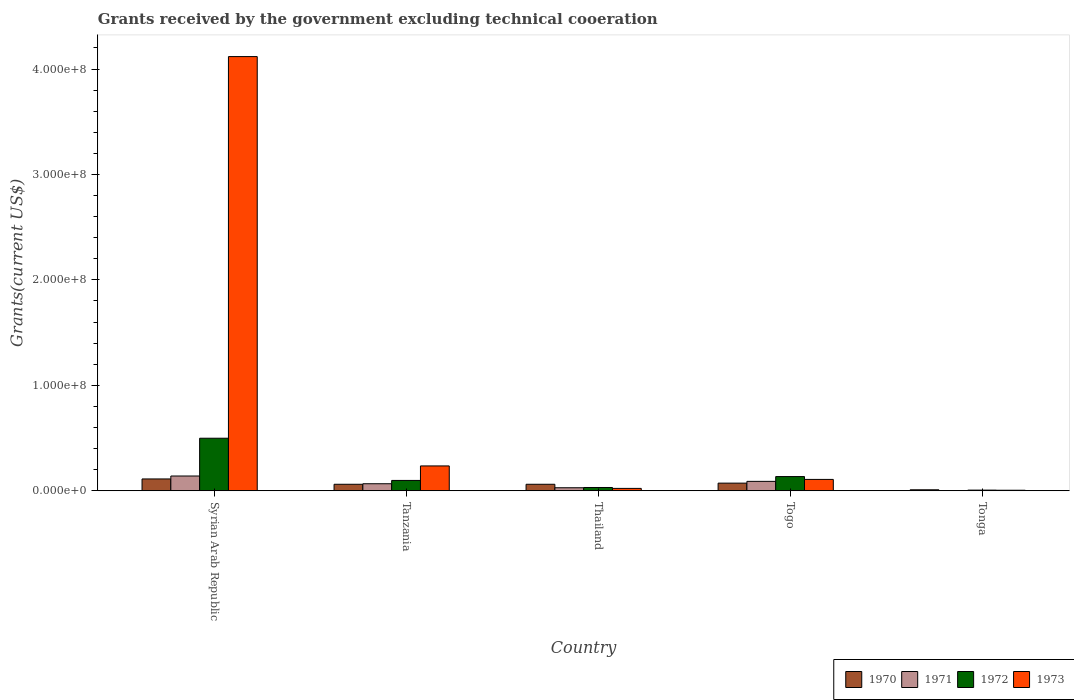
| Country | 1970 | 1971 | 1972 | 1973 |
 | --- | --- | --- | --- | --- |
 | Syrian Arab Republic | 1.12e+07 | 1.4e+07 | 4.98e+07 | 4.12e+08 |
 | Tanzania | 6.17e+06 | 6.68e+06 | 9.82e+06 | 2.36e+07 |
 | Thailand | 6.18e+06 | 2.88e+06 | 3.12e+06 | 2.27e+06 |
 | Togo | 7.26e+06 | 8.93e+06 | 1.35e+07 | 1.08e+07 |
 | Tonga | 9.5e+05 | 2.6e+05 | 6.3e+05 | 5.1e+05 |